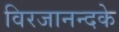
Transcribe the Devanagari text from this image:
विरजानन्दके